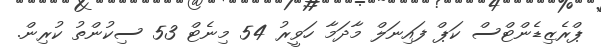
ޕްރެޒިޑެންޓްސް ކަޕް ފައިނަލް މާދަމާ ހަވީރު 54 މިނެޓް 53 ސިކުންތު ކުރިން.